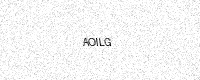
Text: AOILG